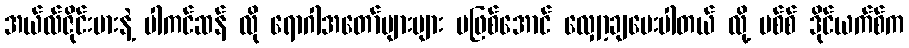
အယ်လ်ဇိုင်းမားနဲ့ ပါကင်ဆန် လို ရောဂါအတော်များများ မဖြစ်အောင် လျှော့ချပေးပါတယ် လို့ မစ်စ် ဒိုင်ယက်စ်က